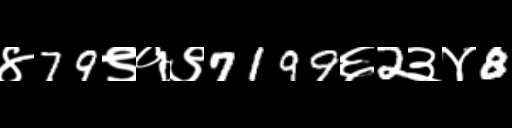
Text: ४79९१९7199६2३४8